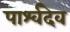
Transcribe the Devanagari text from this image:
पार्श्वदेव